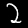
Digit: 2